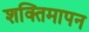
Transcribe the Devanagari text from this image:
शक्तिमापन